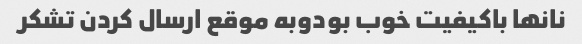
نانها باکیفیت خوب بودوبه موقع ارسال کردن تشکر